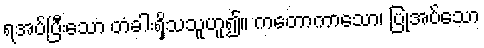
ရအပ်ပြီးသော တံခါးရှိသသူဟူ၍။ ကတောကာသော၊ ပြုအပ်သော